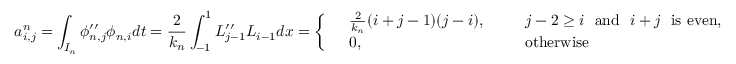
a _ { i , j } ^ { n } = \displaystyle \int _ { I _ { n } } \phi _ { n , j } ^ { \prime \prime } \phi _ { n , i } d t = \frac { 2 } { k _ { n } } \displaystyle \int _ { - 1 } ^ { 1 } L _ { j - 1 } ^ { \prime \prime } L _ { i - 1 } d x = \left\{ \begin{array} { r l r l } & { \frac { 2 } { k _ { n } } ( i + j - 1 ) ( j - i ) , } & & { ~ ~ j - 2 \ge i ~ ~ \mathrm { a n d } ~ ~ i + j ~ ~ \mathrm { i s ~ e v e n } , } \\ & { 0 , } & & { ~ ~ \mathrm { o t h e r w i s e } } \end{array} \right.